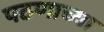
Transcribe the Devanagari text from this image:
पठणाच्या